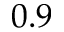
0 . 9